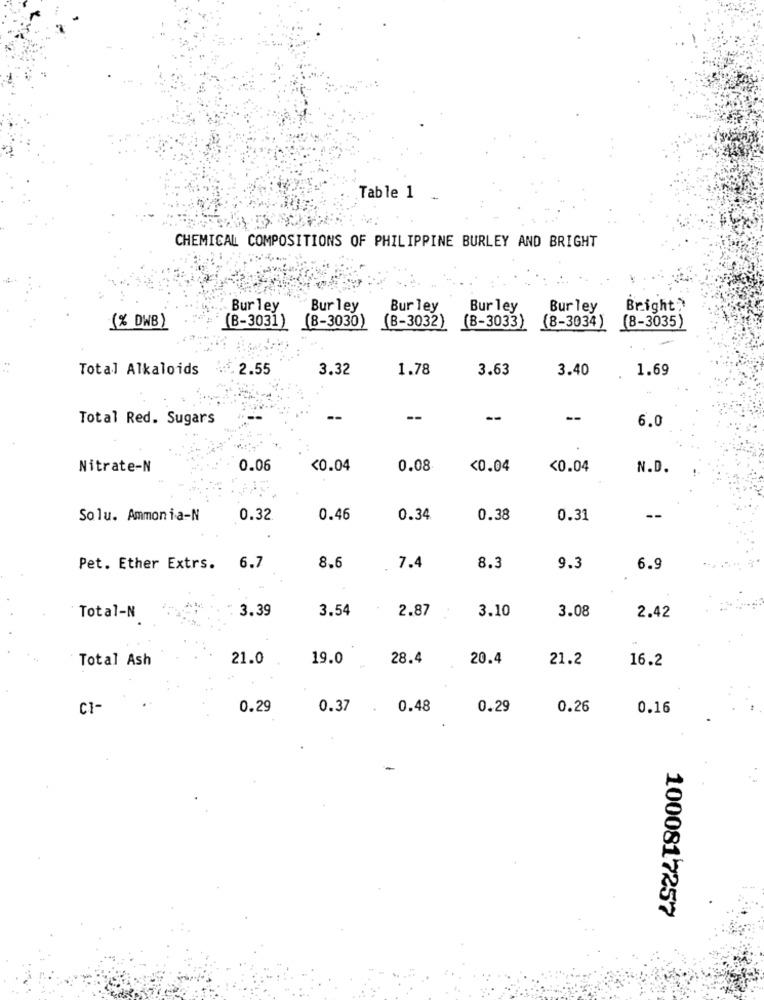
Table 1 _
CHEMICAL COMPOSITIONS OF PHILIPPINE BURLEY AND BRIGHT
Bur ley
Bur ley
Bur ley
Bur ley
Bur ley
Bright.
(% DWB)
(B-3031)
(8-3030)
(B-3032)
(B-3033)
(8-3034)
(8-3035)
Total Alkaloids
2.55
3.32
1.78
3.63
3.40
1.69
Total Red. Sugars
--
--
--
6.0
Nitrate-N
0.06
<0.04
0.08
<0.04
<0.04
N.D.
Solu. Ammonia-N
0.32
0.46
0.34
0.38
0.31
--
Pet. Ether Extrs. 6.7
8.6
7.4
8.3
9.3
6.9
3.39
3.54
2.87
3.10
3.08
Total-N
2.42
Total Ash
21.0
19.0
28.4
20.4
21.2
16.2
CI-
0.29
0.37 . 0.48
0.29
0.26
0.16
1000817257